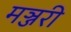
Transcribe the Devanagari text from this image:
मञ्जरी